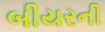
બીયરની